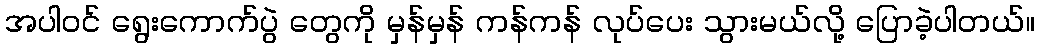
အပါဝင် ရွေးကောက်ပွဲ တွေကို မှန်မှန် ကန်ကန် လုပ်ပေး သွားမယ်လို့ ပြောခဲ့ပါတယ်။